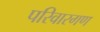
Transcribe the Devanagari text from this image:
परिवारगण